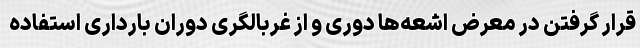
قرار گرفتن در معرض اشعه‌ها دوری و از غربالگری دوران بارداری استفاده